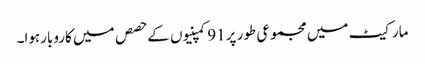
مارکیٹ میں مجموعی طور پر91کمپنیوں کے حصص میں کاروبارہوا۔